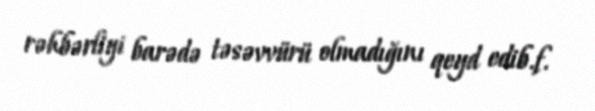
rəhbərliyi barədə təsəvvürü olmadığını qeyd edib.f.